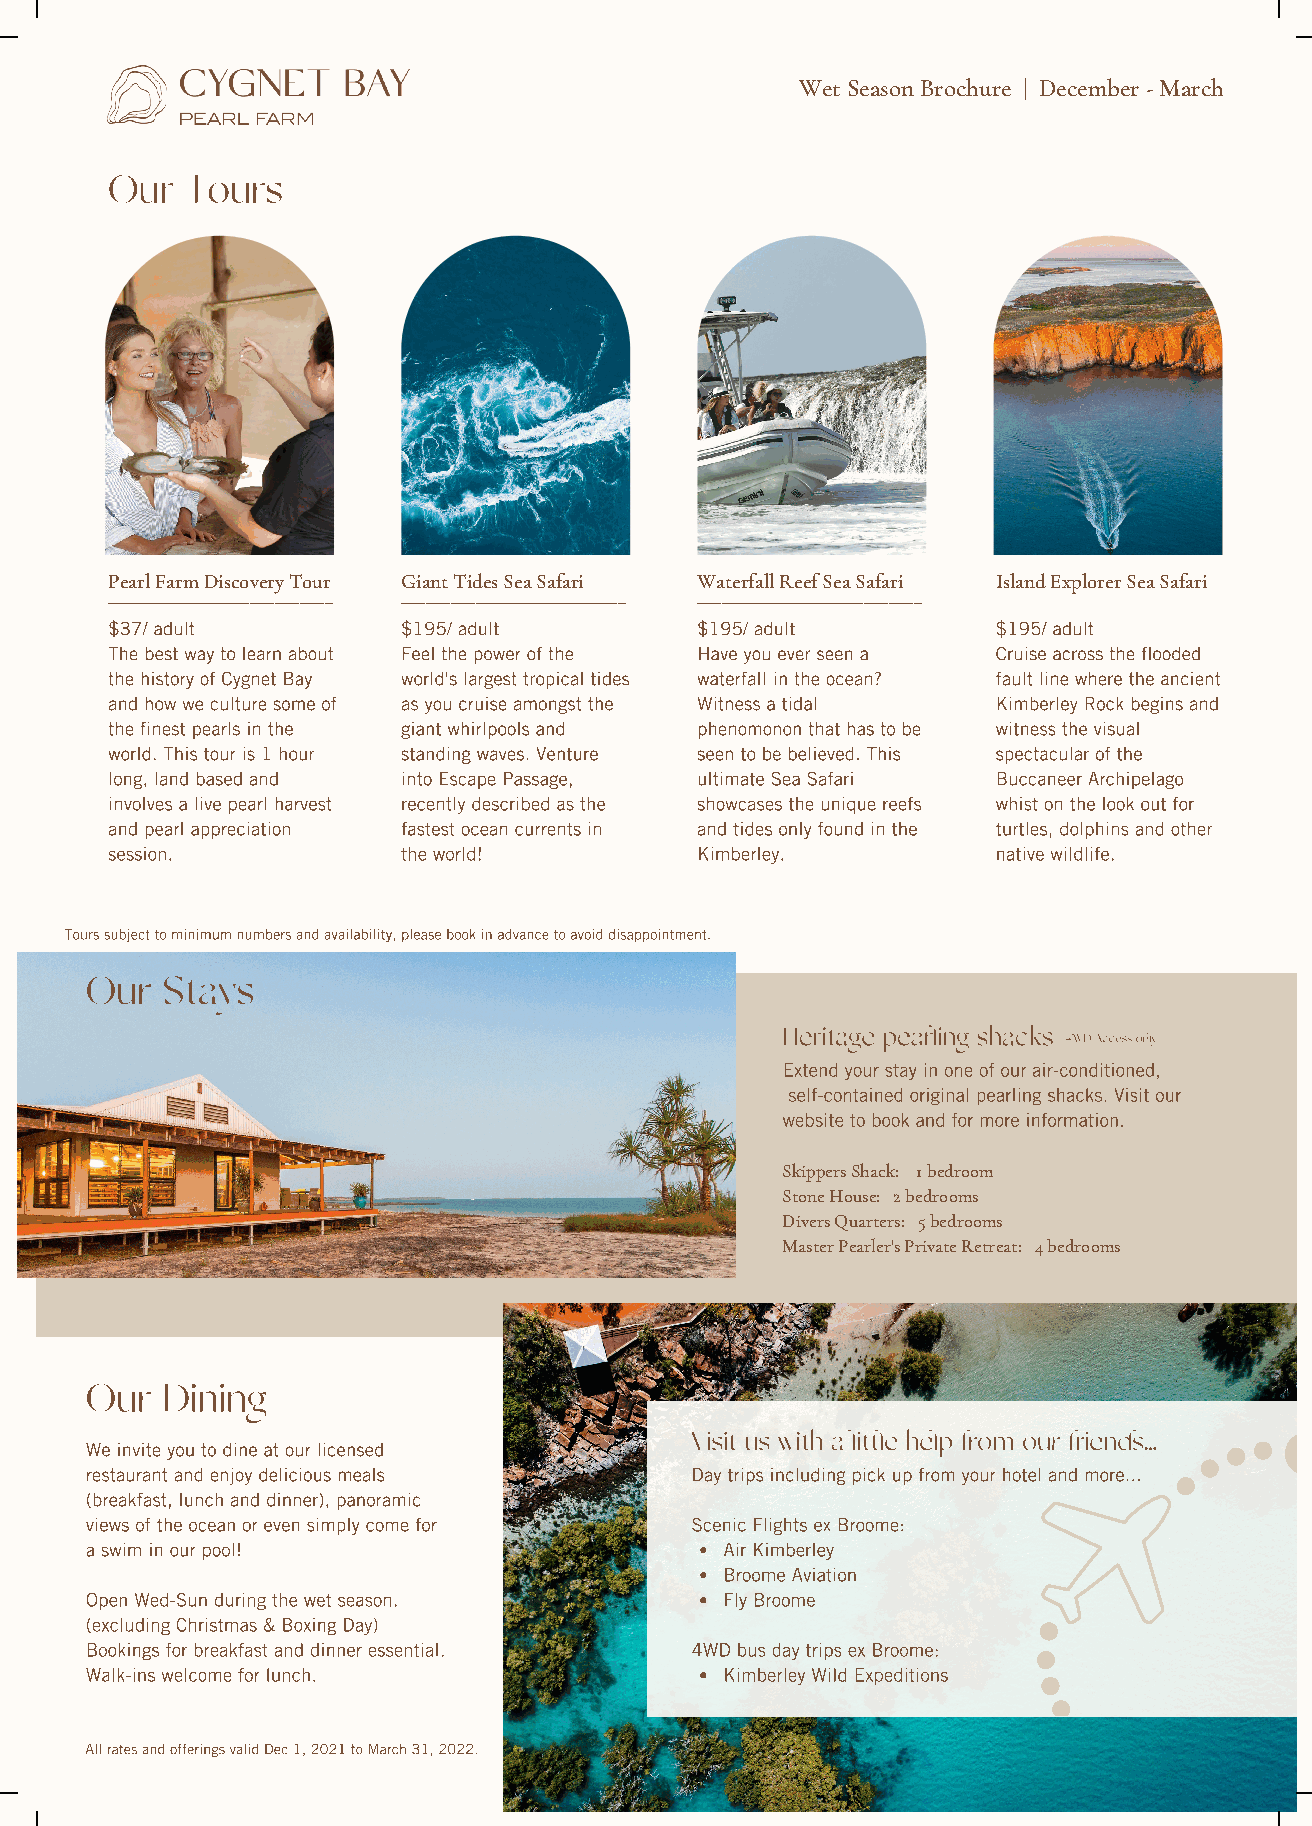
Wet Season Brochure | December - March
 Our  Tours
 Pearl Farm Discovery Tour Giant Tides Sea Safari Waterfall Reef Sea Safari Island Explorer Sea Safari
 ___________________________ ___________________________ ___________________________ ___________________________
 $37/ adult          $195/ adult        $195/ adult         $195/ adult
 The best way to learn about Feel the power of the Have you ever seen a Cruise across the flooded
 the history of Cygnet Bay world's largest tropical tides waterfall in the ocean? fault line where the ancient
 and how we culture some of as you cruise amongst the Witness a tidal Kimberley Rock begins and
 the finest pearls in the giant whirlpools and phenomonon that has to be witness the visual
 world. This tour is 1 hour standing waves. Venture seen to be believed. This spectacular of the
 long, land based and into Escape Passage, ultimate Sea Safari Buccaneer Archipelago
 involves a live pearl harvest recently described as the showcases the unique reefs whist on the look out for
 and pearl appreciation fastest ocean currents in and tides only found in the turtles, dolphins and other
 session.            the world!         Kimberley.          native wildlife.
 Tours subject to minimum numbers and availability, please book in advance to avoid disappointment.
 Our  Stays
 Heritage pearling shacks
 4WD Access only
 Extend your stay in one of our air-conditioned,
 self-contained original pearling shacks. Visit our
 website to book and for more information.
 Skippers Shack: 1 bedroom
 Stone House: 2 bedrooms
 Divers Quarters: 5 bedrooms
 Master Pearler's Private Retreat: 4 bedrooms
 Our  Dining
 Visit us with a little help from our friends...
 We invite you to dine at our licensed
 restaurant and enjoy delicious meals    Day trips including pick up from your hotel and more...
 (breakfast, lunch and dinner), panoramic
 views of the ocean or even simply come for Scenic Flights ex Broome:
 a swim in our pool!                       Air Kimberley
 Broome Aviation
 Open Wed-Sun during the wet season.       Fly Broome
 (excluding Christmas & Boxing Day)
 Bookings for breakfast and dinner essential. 4WD bus day trips ex Broome:
 Walk-ins welcome for lunch.               Kimberley Wild Expeditions
 All rates and offerings valid Dec 1, 2021 to March 31, 2022.